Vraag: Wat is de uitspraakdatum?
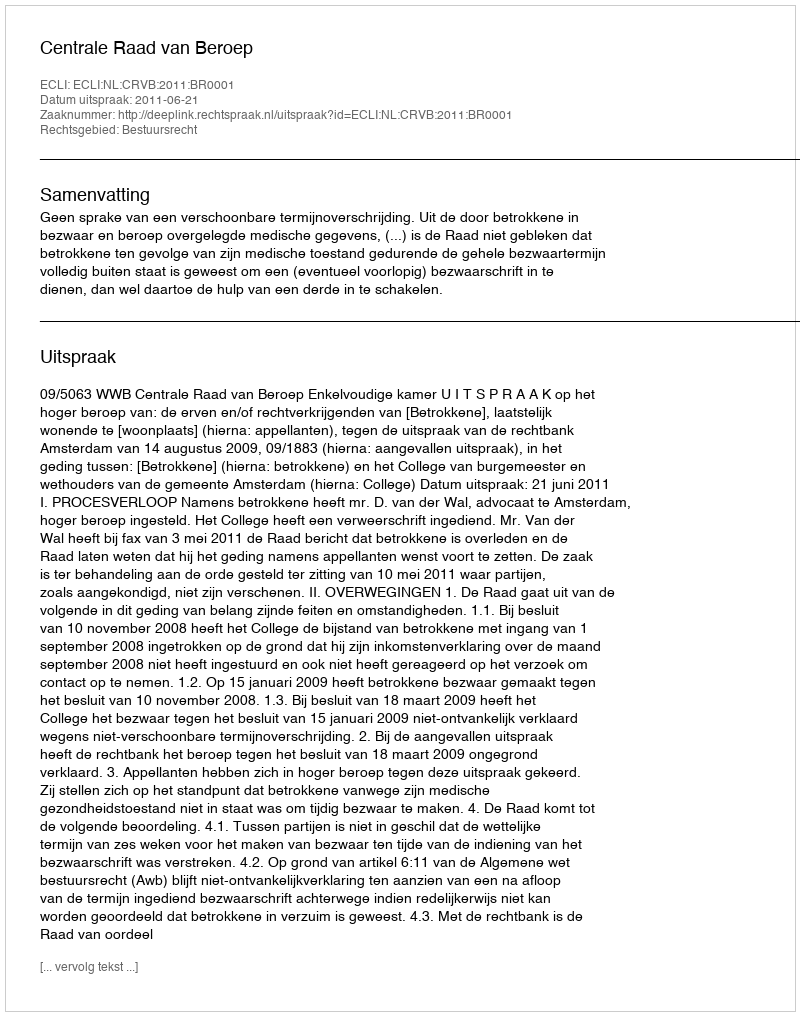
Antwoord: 2011-06-21